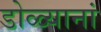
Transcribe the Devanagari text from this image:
डोळ्यानां